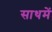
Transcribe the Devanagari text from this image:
साथमें